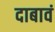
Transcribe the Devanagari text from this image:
दाबावं